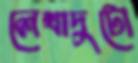
লেখাদুটো